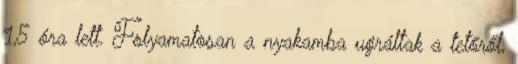
1,5 óra lett. Folyamatosan a nyakamba ugráltak a tetőről,